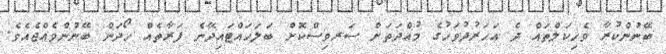
ބޭނުންކުރާ ވެހިކަލްތައް ދެ އަހަރުދުވަހުގެ މުއްދަތަށް ސަރވިސްކޮށް ބަލަހައްޓައިދޭނެ ފަރާތެއް ހޯދަން ބޭނުންވެއްޖެއެވެ.